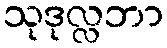
သုဒုလ္လဘာ